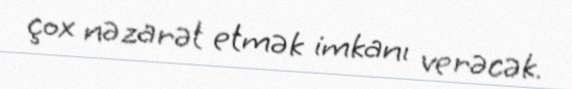
çox nəzarət etmək imkanı verəcək.